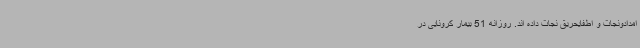
امدادونجات و اطفایحریق نجات داده اند. روزانه 51 بیمار کرونایی در